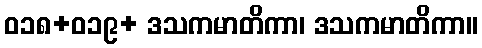
ဝ၁၈+၀၁၉+ ဒသကမာတိကာ၊ ဒသကမာတိကာ။